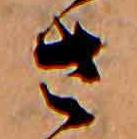
さ